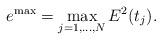
LaTeX: \begin{align*}e^{\max}_{} = \max_{j = 1,\dots,N} E^2_{}(t_j).\end{align*}